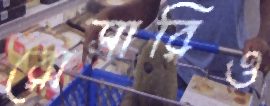
রোসারিও